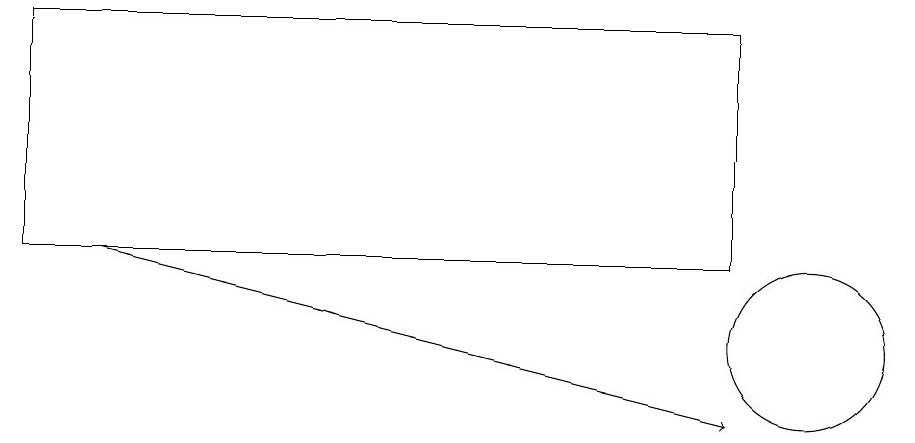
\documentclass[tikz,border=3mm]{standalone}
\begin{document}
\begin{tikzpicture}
\draw[->] (1,12) -- (9,10);
\draw (0,12) rectangle (9,15);
\draw (10,11) circle (1);
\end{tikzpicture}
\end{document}